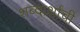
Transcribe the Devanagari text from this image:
शब्दार्थांची